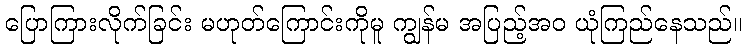
ပြောကြားလိုက်ခြင်း မဟုတ်ကြောင်းကိုမူ ကျွန်မ အပြည့်အဝ ယုံကြည်နေသည်။